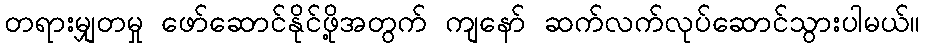
တရားမျှတမှု ဖော်ဆောင်နိုင်ဖို့အတွက် ကျနော် ဆက်လက်လုပ်ဆောင်သွားပါမယ်။